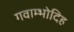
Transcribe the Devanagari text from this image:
गवाम्भोदिह